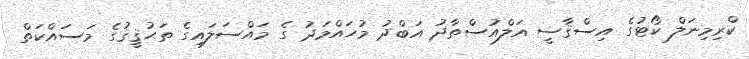
ކްރިމިނަލް ކޯޓުގެ އިސްޤާޟީ އަލްއުސްތާޛު އަބްދު މުހައްމަދު ގެ މައްސަލައިގެ ތަޙުޤީޤުގެ މަސައްކަތް